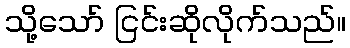
သို့သော် ငြင်းဆိုလိုက်သည်။